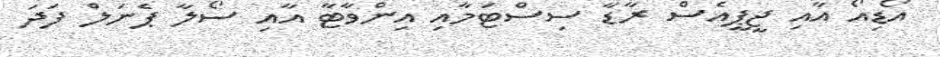
އޯޑިއޯ އާއި ޖީޕީއެސް ރާޑާ ސިސްޓަމާއި އިންވާޓާ އާއި ސޯލާ ޕެނަލް ފަދަ